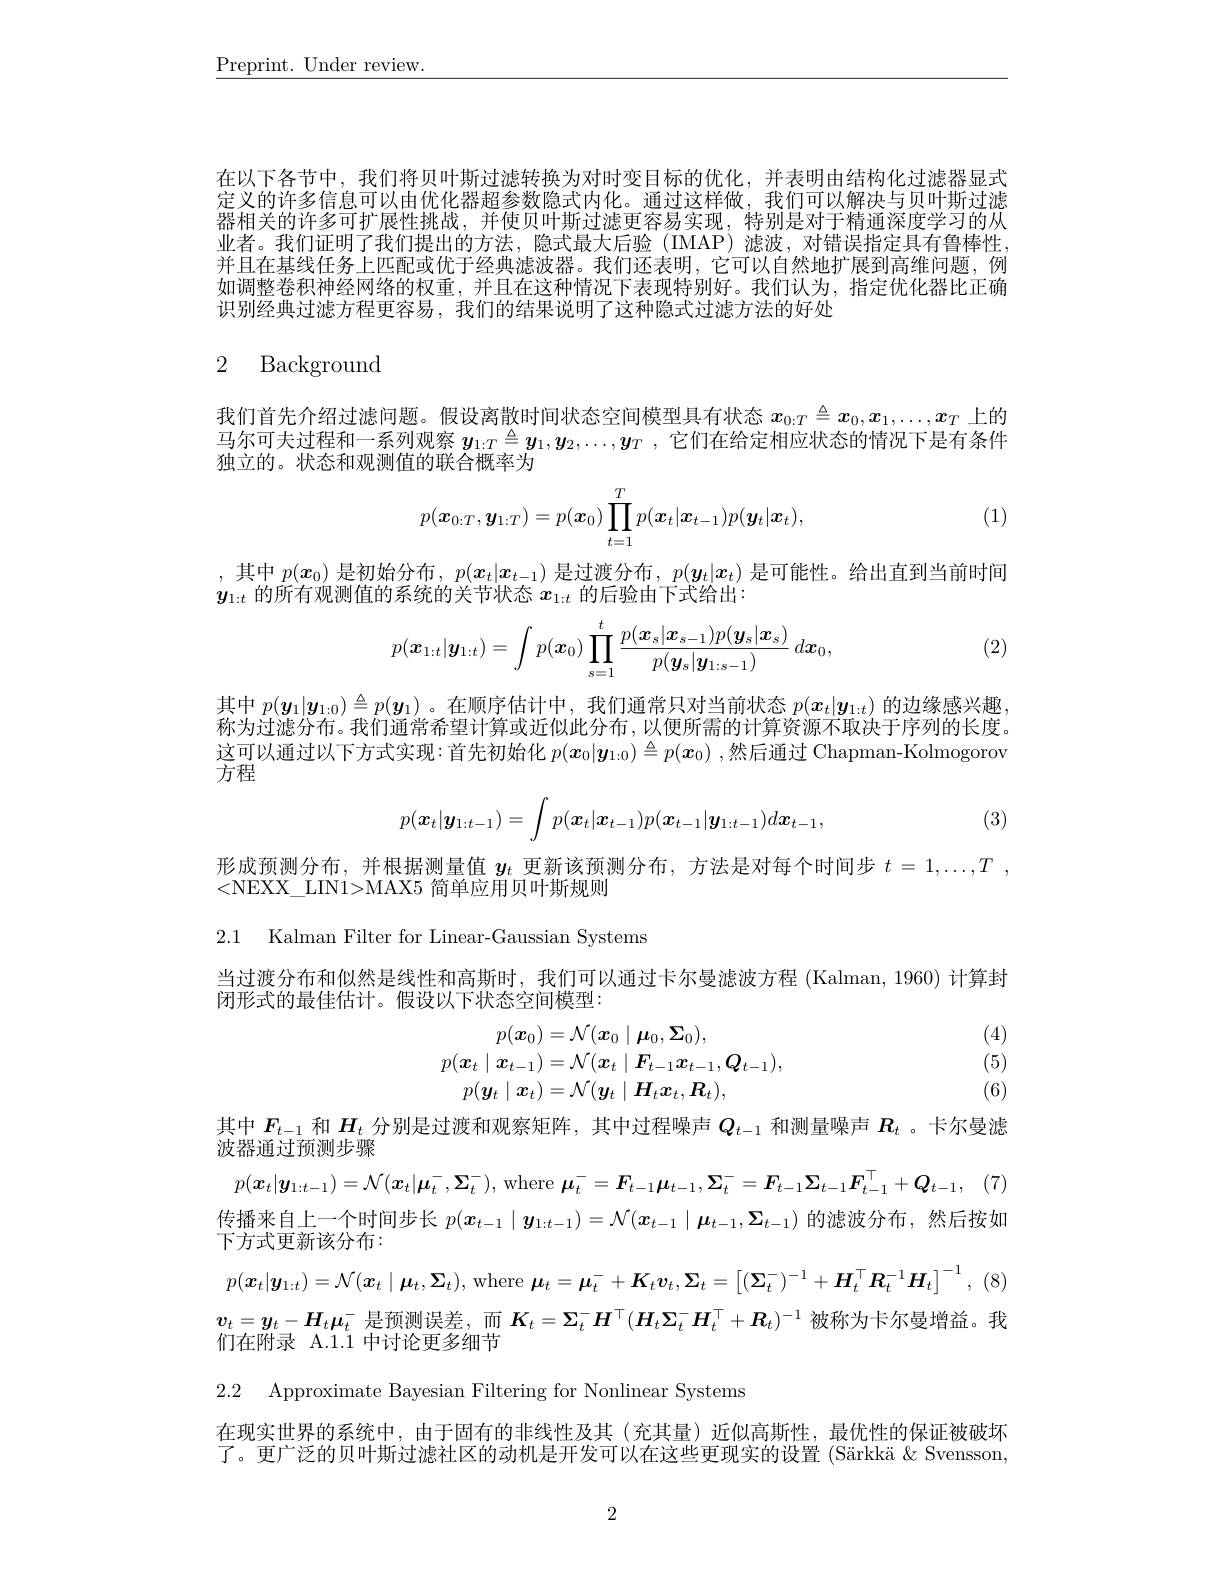
$\underline{\mathrm{Preprint.~Under~review.}}$

在以下各节中，我们将贝叶斯过滤转换为对时变目标的优化，并表明由结构化过滤器显式定义的许多信息可以由优化器超参数隐式内化。通过这样做，我们可以解决与贝叶斯过滤器相关的许多可扩展性挑战，并使贝叶斯过滤更容易实现，特别是对于精通深度学习的从业者。我们证明了我们提出的方法，隐式最大后验(IMAP)滤波，对错误指定具有鲁棒性并且在基线任务上匹配或优于经典滤波器。我们还表明，它可以自然地扩展到高维问题，例如调整卷积神经网络的权重，并且在这种情况下表现特别好。我们认为，指定优化器比正确识别经典过滤方程更容易，我们的结果说明了这种隐式过滤方法的好处

## 2 Background

我们首先介绍过滤问题。假设离散时间状态空间模型具有状态$x_{0:T}\triangleq x_0,x_1,\ldots,x_T$上的马尔可夫过程和一系列观察$y_{1:T}\triangleq y_1,y_2,\ldots,y_T$ ,它们在给定相应状态的情况下是有条件独立的。状态和观测值的联合概率为

(1)
$$p(\boldsymbol{x}_{0:T},\boldsymbol{y}_{1:T})=p(\boldsymbol{x}_0)\prod_{t=1}^Tp(\boldsymbol{x}_t|\boldsymbol{x}_{t-1})p(\boldsymbol{y}_t|\boldsymbol{x}_t),$$
,其中$p(x_0)$是初始分布$,p(x_t|x_{t-1})$是过渡分布$,p(y_t|x_t)$是可能性。给出直到当前时间
$y_{1:t}$的所有观测值的系统的关节状态$x_1:t$的后验由下式给出：

(2)
$$p(\boldsymbol{x}_{1:t}|\boldsymbol{y}_{1:t})=\int p(\boldsymbol{x}_0)\prod_{s=1}^t\frac{p(\boldsymbol{x}_s|\boldsymbol{x}_{s-1})p(\boldsymbol{y}_s|\boldsymbol{x}_s)}{p(\boldsymbol{y}_s|\boldsymbol{y}_{1:s-1})}\:d\boldsymbol{x}_0,$$
其中$p(\boldsymbol{y}_1|\boldsymbol{y}_{1:0})\triangleq p(\boldsymbol{y}_1)$。在顺序估计中，我们通常只对当前状态$p(\boldsymbol{x}_t|\boldsymbol{y}_{1:t})$的边缘感兴趣称为过滤分布。我们通常希望计算或近似此分布，以便所需的计算资源不取决于序列的长度。这可以通过以下方式实现：首先初始化$p(\boldsymbol x_0|\boldsymbol{y}_{1:0})\triangleq p(\boldsymbol{x}_0)$ ,然后通过 Chapman-Kolmogorov 方程
$$p(\boldsymbol{x}_t|\boldsymbol{y}_{1:t-1})=\int p(\boldsymbol{x}_t|\boldsymbol{x}_{t-1})p(\boldsymbol{x}_{t-1}|\boldsymbol{y}_{1:t-1})d\boldsymbol{x}_{t-1},$$
(3)

形成预测分布，并根据测量值$y_t$更新该预测分布，方法是对每个时间步$t=1,\ldots,T$ ,
<NEXX\_LIN1>MAX5 简单应用贝叶斯规则

2.1 Kalman Filter for Linear-Gaussian Systems

当过渡分布和似然是线性和高斯时，我们可以通过卡尔曼滤波方程 (Kalman, 1960) 计算封
闭形式的最佳估计。假设以下状态空间模型：

(4)

(5)
$$\begin{aligned}p(\boldsymbol{x}_{0})&=\mathcal{N}(\boldsymbol{x}_0\mid\boldsymbol{\mu}_0,\boldsymbol{\Sigma}_0),\\p(\boldsymbol{x}_{t}\mid\boldsymbol{x}_{t-1})&=\mathcal{N}(\boldsymbol{x}_t\mid\boldsymbol{F}_{t-1}\boldsymbol{x}_{t-1},\boldsymbol{Q}_{t-1}),\\p(\boldsymbol{y}_{t}\mid\boldsymbol{x}_{t})&=\mathcal{N}(\boldsymbol{y}_t\mid\boldsymbol{H}_t\boldsymbol{x}_t,\boldsymbol{R}_t),\end{aligned}$$
(6)

其中$F_{t-1}$和$H_t$分别是过渡和观察矩阵，其中过程噪声$Q_t-1$和测量噪声$R_t$ 。卡尔曼滤
波器通过预测步骤

$p(\boldsymbol{x}_t|\boldsymbol{y}_{1:t-1})=\mathcal{N}(\boldsymbol{x}_t|\boldsymbol{\mu}_t^-,\boldsymbol{\Sigma}_t^-)$, where $\boldsymbol{\mu }_t^- = \boldsymbol{F}_{t- 1}\boldsymbol{\mu }_{t- 1}, \boldsymbol{\Sigma }_t^- = \boldsymbol{F}_{t- 1}\boldsymbol{\Sigma }_{t- 1}\boldsymbol{F}_{t- 1}^\top + \boldsymbol{Q}_{t- 1}$, (7)

传播来自上一个时间步长$p(x_{t-1}\mid\boldsymbol{y}_{1:t-1})=\mathcal{N}(x_{t-1}\mid\boldsymbol{\mu}_{t-1},\Sigma_{t-1})$的滤波分布，然后按如
下方式更新该分布：
$$p(\boldsymbol{x}_{t}|\boldsymbol{y}_{1:t})=\mathcal{N}(\boldsymbol{x}_{t}\mid\boldsymbol{\mu}_{t},\boldsymbol{\Sigma}_{t}),$$
$:\boldsymbol{\mu}_{t}=\boldsymbol{\mu}_{t}^{-}+\boldsymbol{K}_{t}\boldsymbol{v}_{t},\boldsymbol{\Sigma}_{t}=\left[(\boldsymbol{\Sigma}_{t}^{-})^{-1}+\boldsymbol{H}_{t}^{\top}\boldsymbol{R}_{t}^{-1}\boldsymbol{H}_{t}\right]^{-1}$
$v_t=y_t-H_t\mu_t^-$是预测误差，而$K_t=\Sigma_t^-H^\top(H_t\Sigma_t^-H_t^\top+R_t)^{-1}$被称为卡尔曼增益。我
们在附录 A.1.1 中讨论更多细节
2.2 Approximate Bayesian Filtering for Nonlinear Systems

在现实世界的系统中，由于固有的非线性及其(充其量)近似高斯性，最优性的保证被破坏了。更广泛的贝叶斯过滤社区的动机是开发可以在这些更现实的设置(Särkkä & Svensson,

2